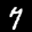
Label: 7